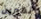
تكبرين